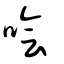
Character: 噲